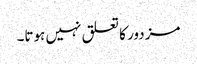
مزدور کا تعلق نہیں ہوتا۔